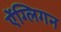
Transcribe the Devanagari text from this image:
ऐंग्लिगन